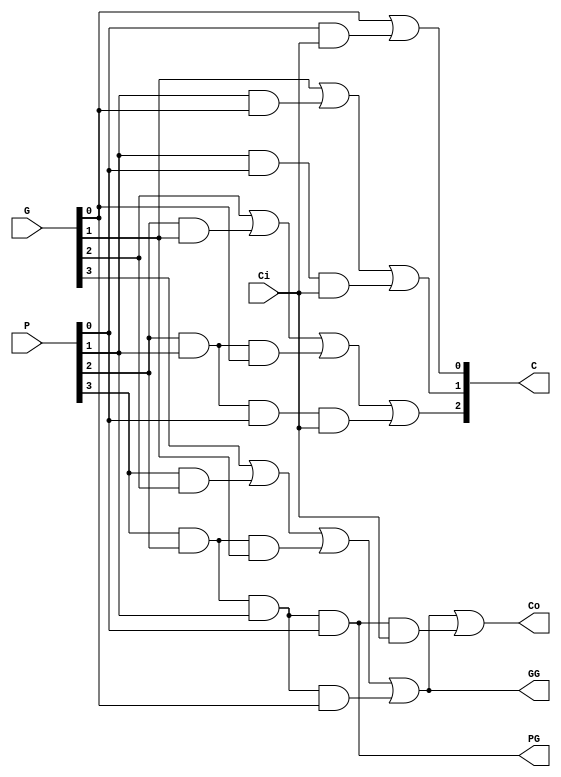
`timescale 1ns/1ns

module CLALogic_2 (G, P, Ci, C, Co, PG, GG);
input [3:0] G;
input [3:0] P;
input Ci;

output [3:1] C;
output Co;
output PG;
output GG;

assign C[1] = G[0] | (P[0]&Ci);
assign C[2] = G[1] | (P[1]&G[0]) | (P[1]&P[0]&Ci);
assign C[3] = G[2] | (P[2]&G[1]) | (P[2]&P[1]&G[0]) | (P[2]&P[1]&P[0]&Ci);
assign Co = G[3] | (P[3]&G[2]) | (P[3]&P[2]&G[1]) | (P[3]&P[2]&P[1]&G[0]) | (P[3]&P[2]&P[1]&P[0]&Ci);

assign PG = P[3]&P[2]&P[1]&P[0];
assign GG = G[3] | (P[3]&G[2]) | (P[3]&P[2]&G[1]) | (P[3]&P[2]&P[1]&G[0]);

endmodule